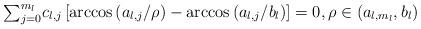
LaTeX: \begin{align*}{\textstyle\sum\nolimits_{j=0}^{m_{l}}}c_{l,j}\left[ \arccos\left( a_{l,j}/\rho\right) -\arccos\left(a_{l,j}/b_{l}\right) \right] =0,\rho\in\left(a_{l,m_{l}},b_{l}\right) \end{align*}